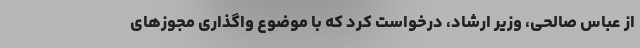
از عباس صالحی، وزیر ارشاد، درخواست کرد که با موضوع واگذاری مجوزهای